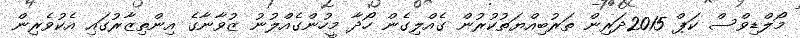
މޯލްޑިވްސް ކަޕް 2015ދަރިން ތަރުބިއްޔަތުކުރުން ގެއްލިގެން ހޯދާ މީހުންގެއްލުނު ޒުވާނާގެ އިންތިޒާރުގައި އެކުވެރިން